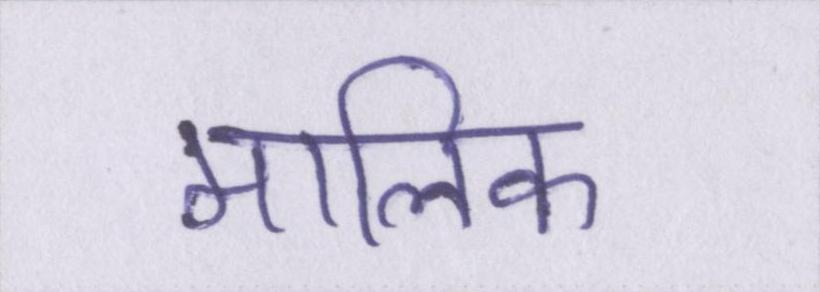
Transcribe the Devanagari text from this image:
मालिक